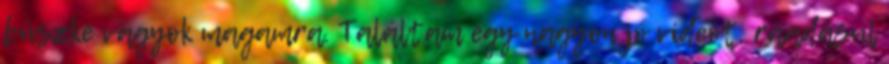
büszke vagyok magamra. Találtam egy nagyon jó videót, ráadásul